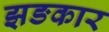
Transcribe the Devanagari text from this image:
झङकार